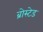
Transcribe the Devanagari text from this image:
ब्रोस्टेड